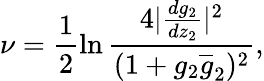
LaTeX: \nu=\frac{1}{2}\ln\frac{4|\frac{dg_{2}}{dz_{2}}|^{2}}{(1+g_{2}\overline{{{g}}}_{2})^{2}},